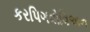
કરપિગવોવિઅન